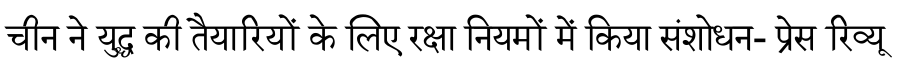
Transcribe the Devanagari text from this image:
चीन ने युद्ध की तैयारियों के लिए रक्षा नियमों में किया संशोधन- प्रेस रिव्यू